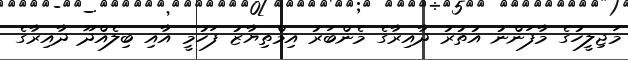
މަޖިލީހުގެ މާފަންނު އުތުރު ދާއިރާގެ މެންބަރު އިމްތިޔާޒު ފަހުމީ އާއި ބިލެއްދޫ ދާއިރާގެ